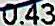
0.43